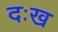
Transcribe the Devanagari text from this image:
दःख